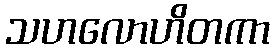
သဟလောဟိတကာ